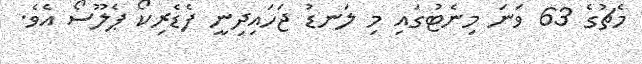
މެޗުގެ 63 ވަނަ މިނެޓުގައި މި ލަނޑު ޖަހައިދިނީ ފެޑެރިކޯ ޕެލޫސޯ އެވެ.